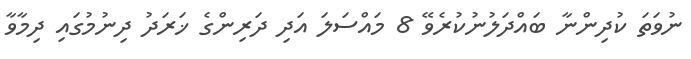
ނުވަތަ ކުދިންނާ ބައްދަލުނުކުރެވޭ 8 މައްސަލަ އަދި ދަރިންގެ ޚަރަދު ދިނުމުގައި ދިމާވާ